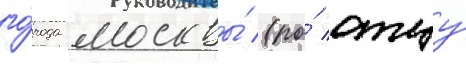
го́рода москвы́ (по́ отцу́